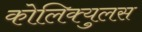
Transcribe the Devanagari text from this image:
कोलिक्युलस